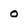
Character: o